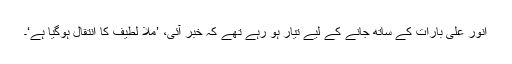
انور علی بارات کے ساتھ جانے کے لیے تیار ہو رہے تھے کہ خبر آئی، ’ملّا لطیف کا انتقال ہوگیا ہے‘۔